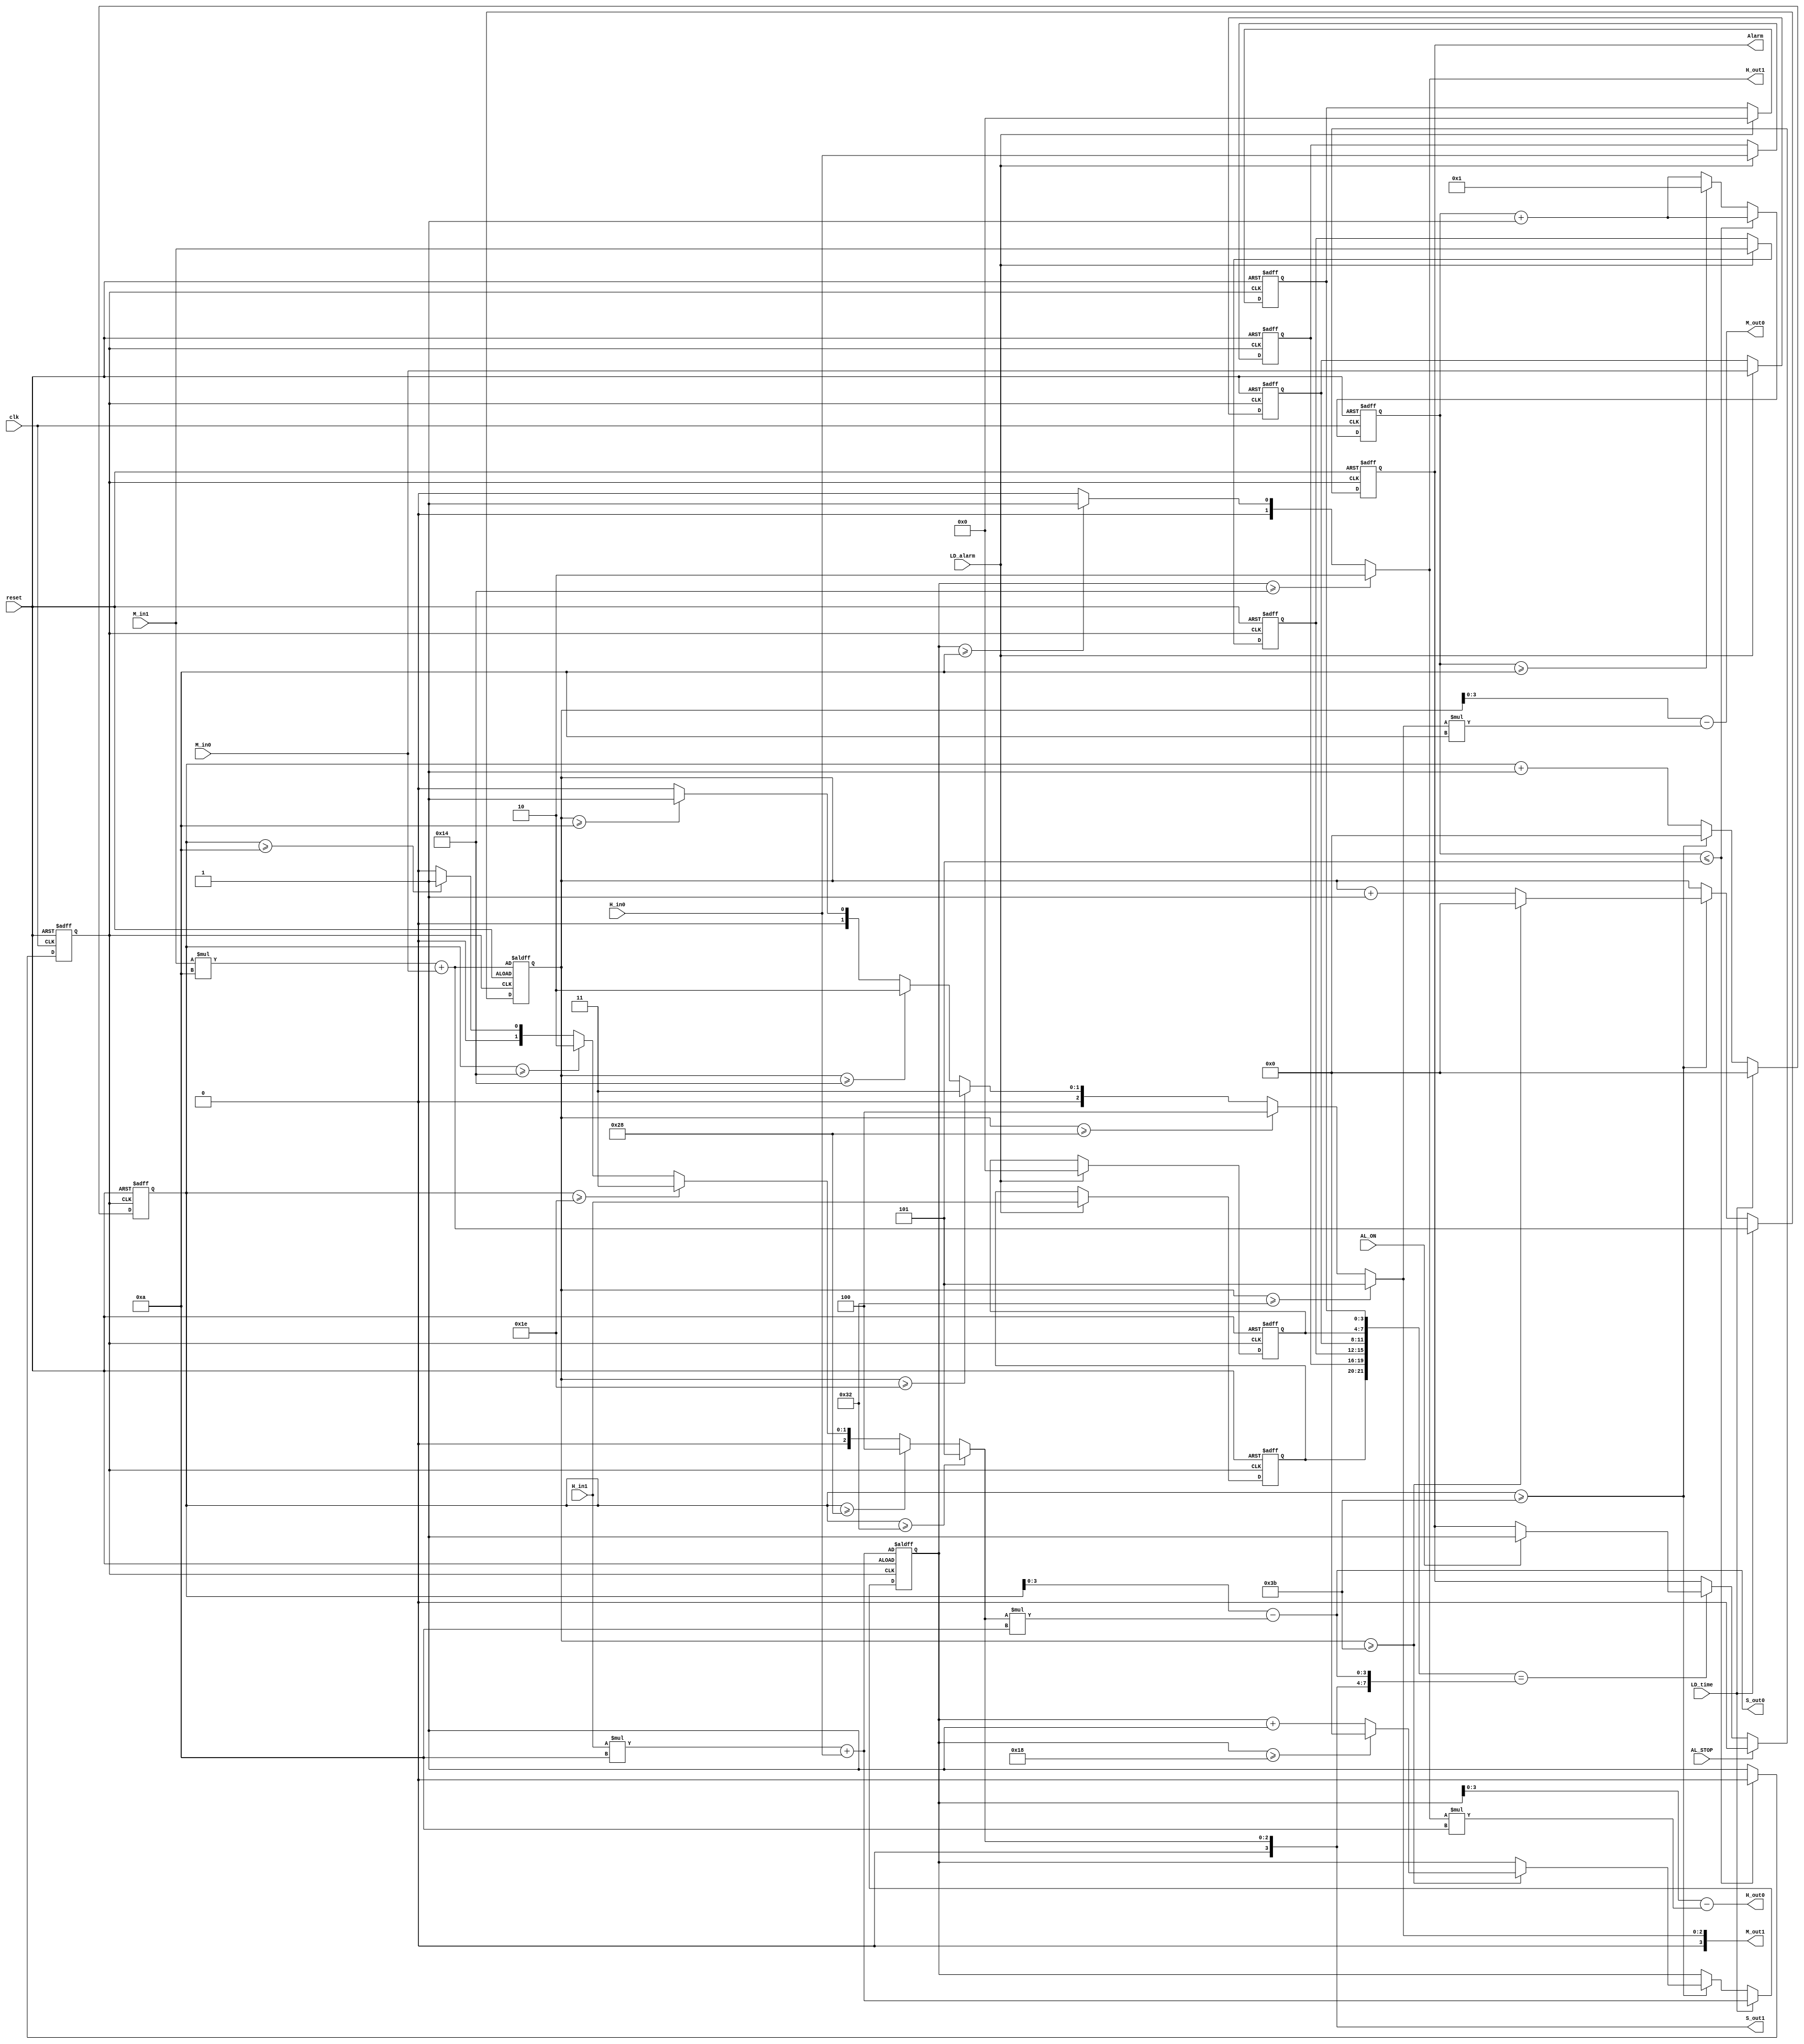
module Aclock(
input reset,
input clk,
input [1:0] H_in1,
input [3:0] H_in0,
input [3:0] M_in1,
input [3:0] M_in0,
input LD_time,
input   LD_alarm,
input   AL_STOP,
input   AL_ON,

output reg Alarm,
output [1:0]  H_out1,
output [3:0]  H_out0,
output [3:0]  M_out1,
output [3:0]  M_out0,
output [3:0]  S_out1,
output [3:0]  S_out0);

reg clk_1s;
reg [3:0] tmp_1s;
reg [5:0] tmp_hour, tmp_minute, tmp_second;
reg [1:0] c_hour1,a_hour1;
reg [3:0] c_hour0,a_hour0;
reg [3:0] c_min1,a_min1;
reg [3:0] c_min0,a_min0;
reg [3:0] c_sec1,a_sec1;
reg [3:0] c_sec0,a_sec0;

function [3:0] mod_10;
 input [5:0] number;
 begin
 mod_10 = (number >=50) ? 5 : ((number >= 40)? 4 :((number >= 30)? 3 :((number >= 20)? 2 :((number >= 10)? 1 :0))));
 end
endfunction

//General Working,Loading of time and alarm
always @(posedge clk_1s or posedge reset )
 begin
    if(reset) begin
        a_hour1 <= 2'b00;
        a_hour0 <= 4'b0000;
        a_min1 <= 4'b0000;
        a_min0 <= 4'b0000;
        a_sec1 <= 4'b0000;
        a_sec0 <= 4'b0000;
        tmp_hour <= H_in1*10 + H_in0;
        tmp_minute <= M_in1*10 + M_in0; //No need to load while resetting
        tmp_second <= 0;
    end 
    else begin
        if(LD_alarm) begin
            a_hour1 <= H_in1;
            a_hour0 <= H_in0;
            a_min1 <= M_in1;
            a_min0 <= M_in0;
            a_sec1 <= 4'b0000;
            a_sec0 <= 4'b0000;
        end 
        if(LD_time) begin 
            tmp_hour <= H_in1*10 + H_in0;
            tmp_minute <= M_in1*10 + M_in0;
            tmp_second <= 0;
        end 
        else begin 
            tmp_second <= tmp_second + 1;
            if(tmp_second >=59) begin 
                tmp_minute <= tmp_minute + 1;
                tmp_second <= 0;
                if(tmp_minute >=59) begin 
                    tmp_minute <= 0;
                    tmp_hour <= tmp_hour + 1;
                    if(tmp_hour >= 24) begin 
                        tmp_hour <= 0;
                    end 
                end 
            end
        end 
    end 
 end 

//1 second clock
always @(posedge clk or posedge reset)
 begin
    if(reset) 
    begin
        tmp_1s <= 0;
        clk_1s <= 0;
    end
    else begin
        tmp_1s <= tmp_1s + 1;
        if(tmp_1s <= 5) 
            clk_1s <= 0;
        else if (tmp_1s >= 10) begin
            clk_1s <= 1;
            tmp_1s <= 1;
        end
        else
            clk_1s <= 1;
    end
 end

//Getting Outputs
always @(*) begin

 if(tmp_hour>=20) begin
    c_hour1 = 2;
 end
 else begin
    if(tmp_hour >=10) 
    c_hour1  = 1;
    else
    c_hour1 = 0;
 end
 c_hour0 = tmp_hour - c_hour1*10; 
 c_min1 = mod_10(tmp_minute); 
 c_min0 = tmp_minute - c_min1*10;
 c_sec1 = mod_10(tmp_second);
 c_sec0 = tmp_second - c_sec1*10; 
 end

 assign H_out1 = c_hour1; 
 assign H_out0 = c_hour0; 
 assign M_out1 = c_min1; 
 assign M_out0 = c_min0; 
 assign S_out1 = c_sec1;
 assign S_out0 = c_sec0;

//Alarm Working
always @(posedge clk_1s or posedge reset) 
begin
    if(reset) 
        Alarm <=0; 
    else begin
        if({a_hour1,a_hour0,a_min1,a_min0,a_sec1,a_sec0}=={c_hour1,c_hour0,c_min1,c_min0,c_sec1,c_sec0})
        begin 
            if(AL_ON) 
                Alarm <= 1; 
        end
        if(AL_STOP) 
            Alarm <=0; 
    end
 end

endmodule

module Aclock_tb;

    reg reset;
    reg clk;
    reg [1:0] H_in1;
    reg [3:0] H_in0;
    reg [3:0] M_in1;
    reg [3:0] M_in0;
    reg LD_time;
    reg LD_alarm;
    reg AL_STOP;
    reg AL_ON;

    wire Alarm;
    wire [1:0] H_out1;
    wire [3:0] H_out0;
    wire [3:0] M_out1;
    wire [3:0] M_out0;
    wire [3:0] S_out1;
    wire [3:0] S_out0;

    Aclock dut (
        .reset(reset),
        .clk(clk),
        .H_in1(H_in1),
        .H_in0(H_in0),
        .M_in1(M_in1),
        .M_in0(M_in0),
        .LD_time(LD_time),
        .LD_alarm(LD_alarm),
        .AL_STOP(AL_STOP),
        .AL_ON(AL_ON),
        .Alarm(Alarm),
        .H_out1(H_out1),
        .H_out0(H_out0),
        .M_out1(M_out1),
        .M_out0(M_out0),
        .S_out1(S_out1),
        .S_out0(S_out0)
    );
    // Simulate clock from zero time, setting and enabling/disabling alarm
    initial begin
        reset = 1;
        clk = 0;
        H_in1 = 1;
        H_in0 = 5;
        M_in1 = 3;
        M_in0 = 0;
        LD_time = 1;
        LD_alarm = 0;
        AL_STOP = 0;
        AL_ON = 0;

        #5;
        reset = 0;
        LD_time = 1;
        #5;
        LD_time = 0;
        LD_alarm = 1;
        AL_ON = 1;
        H_in1 = 1;
        H_in0 = 5;
        M_in1 = 3;
        M_in0 = 1;
        #5;
        LD_alarm = 0;
        // #100
        // AL_STOP = 1;
        // Simulate clock cycles
        repeat(100) begin
        #5;
        clk = ~clk;
        if($time == 450)
            AL_STOP = 1;
        end
    end

    

    always @(posedge clk) begin
        $display("clkTime = %0d, Alarm: %b, Time: %0d:%0d:%0d, AL_STOP = %0b",$time, Alarm, H_out1*10+H_out0, M_out1*10+M_out0, S_out1*10+ S_out0,AL_STOP);
    end

endmodule